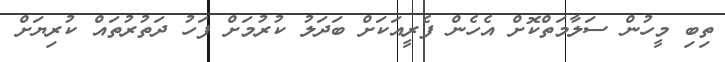
ތިބި މީހުން ސަލާމަތްކޮށް އެހެން ފެރީއަކަށް ބަދަލު ކުރުމަށް ފަހު ދަތުރުތައް ކުރިޔަށް